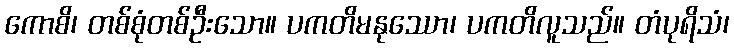
ကောစိ၊ တစ်စုံတစ်ဦးသော။ ပကတိမနုဿော၊ ပကတိလူသည်။ တံပုရိသံ၊